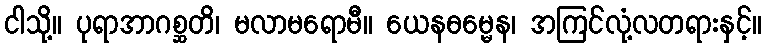
ငါသို့။ ပုရာအာဂစ္ဆတိ၊ မလာမရောမီ။ ယေနဓမ္မေန၊ အကြင်လုံ့လတရားနှင့်။